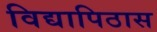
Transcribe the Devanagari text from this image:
विद्यापिठास